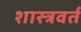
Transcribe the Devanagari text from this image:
शास्त्रवर्त